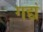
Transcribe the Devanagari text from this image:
गद्यं